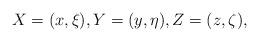
LaTeX: \begin{align*}X=(x,\xi), Y=(y,\eta), Z=(z,\zeta),\end{align*}